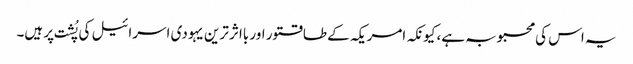
یہ اس کی محبوبہ ہے، کیونکہ امریکہ کے طاقتور اور بااثر ترین یہودی اسرائیل کی پُشت پر ہیں۔